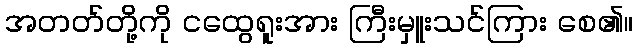
အတတ်တို့ကို ငထွေရူးအား ကြီးမှူးသင်ကြား စေ၏။